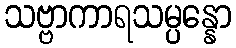
သဗ္ဗာကာရသမ္ပန္နော